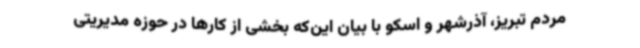
مردم تبریز، آذرشهر و اسکو با بیان این‌که بخشی از کارها در حوزه مدیریتی